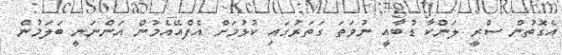
އެގޮތުން ސްރީ ލަންކާ ޑުބާއީ ނުވަތަ ގަތަރުގައި ކުޅުމަށް އެފްއޭއެމުން އަންނަނީ ބަލަމުުން